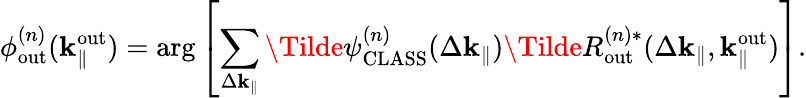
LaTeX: \phi_{\mathrm{out}}^{(n)}(\mathbf{k}_{\parallel}^{\mathrm{out}})=\arg\left[\sum_{\Delta\mathbf{k}_{\parallel}}\Tilde{\psi}_{\mathrm{CLASS}}^{(n)}(\Delta\mathbf{k}_{\parallel})\Tilde{R}_{\mathrm{out}}^{(n)\ast}(\Delta\mathbf{k}_{\parallel},\mathbf{k}_{\parallel}^{\mathrm{out}})\right].